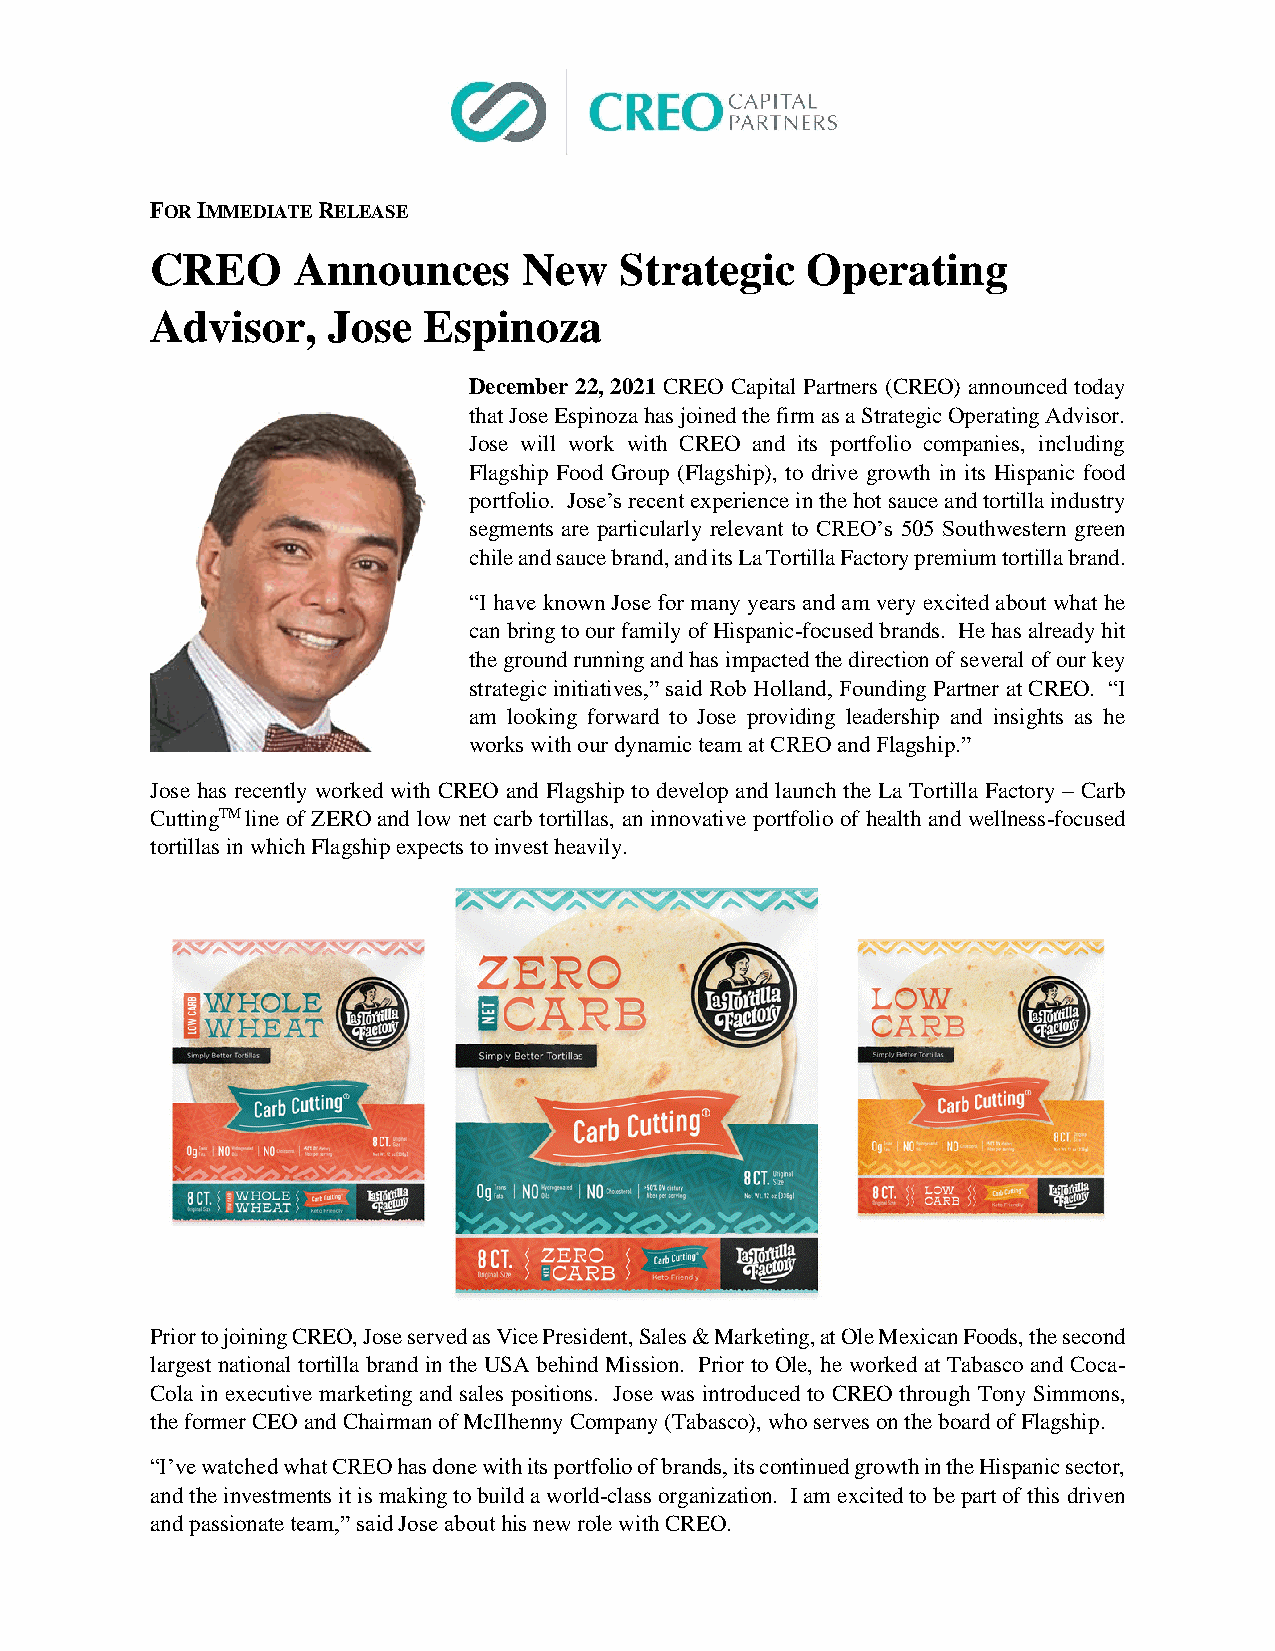
FOR IMMEDIATE RELEASE
 CREO     Announces       New   Strategic   Operating
 Advisor,    Jose  Espinoza
 December 22, 2021 CREO Capital Partners (CREO) announced today
 that Jose Espinoza has joined the firm as a Strategic Operating Advisor.
 Jose will work with CREO and its portfolio companies, including
 Flagship Food Group (Flagship), to drive growth in its Hispanic food
 portfolio. Jose’s recent experience in the hot sauce and tortilla industry
 segments are particularly relevant to CREO’s 505 Southwestern green
 chile and sauce brand, and its La Tortilla Factory premium tortilla brand.
 “I have known Jose for many years and am very excited about what he
 can bring to our family of Hispanic-focused brands. He has already hit
 the ground running and has impacted the direction of several of our key
 strategic initiatives,” said Rob Holland, Founding Partner at CREO. “I
 am looking forward to Jose providing leadership and insights as he
 works with our dynamic team at CREO and Flagship.”
 Jose has recently worked with CREO and Flagship to develop and launch the La Tortilla Factory – Carb
 CuttingTM line of ZERO and low net carb tortillas, an innovative portfolio of health and wellness-focused
 tortillas in which Flagship expects to invest heavily.
 Prior to joining CREO, Jose served as Vice President, Sales & Marketing, at Ole Mexican Foods, the second
 largest national tortilla brand in the USA behind Mission. Prior to Ole, he worked at Tabasco and Coca-
 Cola in executive marketing and sales positions. Jose was introduced to CREO through Tony Simmons,
 the former CEO and Chairman of McIlhenny Company (Tabasco), who serves on the board of Flagship.
 “I’ve watched what CREO has done with its portfolio of brands, its continued growth in the Hispanic sector,
 and the investments it is making to build a world-class organization. I am excited to be part of this driven
 and passionate team,” said Jose about his new role with CREO.